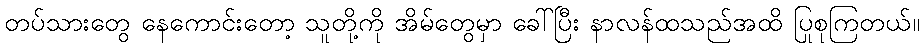
တပ်သားတွေ နေကောင်းတော့ သူတို့ကို အိမ်တွေမှာ ခေါ်ပြီး နာလန်ထသည်အထိ ပြုစုကြတယ်။